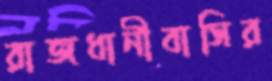
রাজধানীবাসির